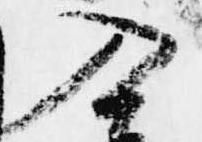
入